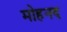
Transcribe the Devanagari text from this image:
मोहनद